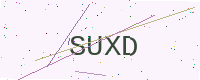
Text: SUXD